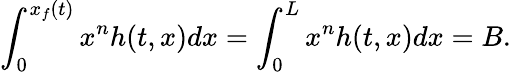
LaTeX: \int_{0}^{x_{f}(t)}x^{n}h(t,x)dx=\int_{0}^{L}x^{n}h(t,x)dx=B.